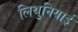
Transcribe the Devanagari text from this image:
लिथुनियाई